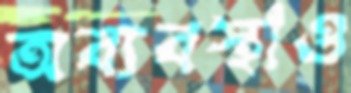
অব্যবস্থাও